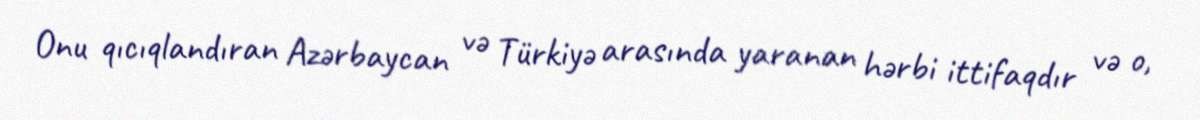
Onu qıcıqlandıran Azərbaycan və Türkiyə arasında yaranan hərbi ittifaqdır və o,